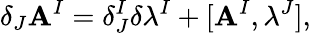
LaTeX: \delta_{J}\mathbf{A}^{I}=\delta_{J}^{I}\delta\lambda^{I}+[\mathbf{A}^{I},\lambda^{J}],